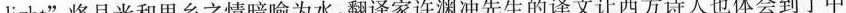
light”，将月光和思乡之情暗喻为水，翻译家许渊冲先生的译文让西方诗人也体会到了中